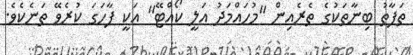
ތަފާތު ބިނާތަކުގެ ތެރެއިން ''މުހައްމަދު އަލީ ކޯއްޓޭ'' އަކީ ފާހަގަ ކުރެވޭ ތަނެކެވެ.